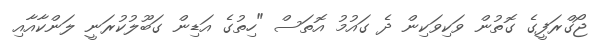
ޖޯގްރަފީގެ ގޮތުން ވަކިވަކިން ދެ ގައުމު އޮތަސް "ހިތުގެ އަޑިން ގަބޫލުކުރަނީ ލަންކާއާއި